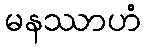
မနဿာဟံ